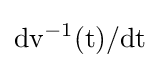
{\rm {{\mbox{d}}v^{-1}(t)/{\mbox{d}}t}}